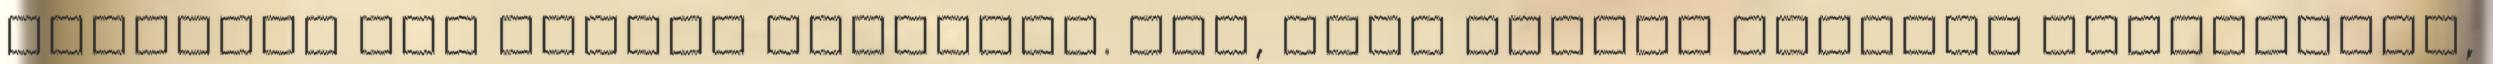
vádoltál meg kettős mércével. Kár, hogy Dencey esetére hivatkozol,